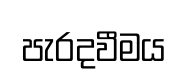
පැරදවීමය